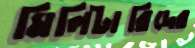
মিলিটারিদের